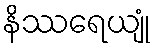
နိဿရေယျုံ